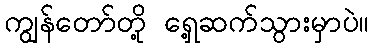
ကျွန်တော်တို့ ရှေ့ဆက်သွားမှာပဲ။